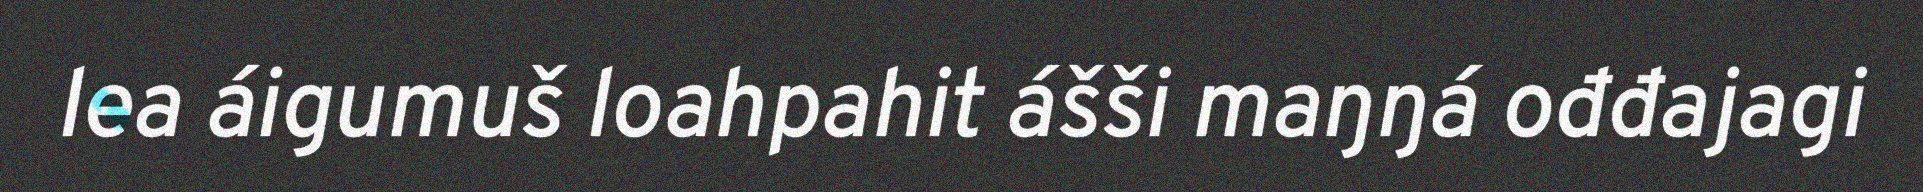
lea áigumuš loahpahit ášši maŋŋá ođđajagi